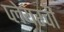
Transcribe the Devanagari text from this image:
प्लेयरची